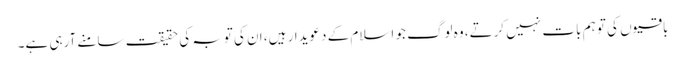
باقیوں کی تو ہم بات نہیں کرتے، وہ لوگ جو اسلام کے دعویدار ہیں، ان کی توبہ کی حقیقت سامنے آرہی ہے۔